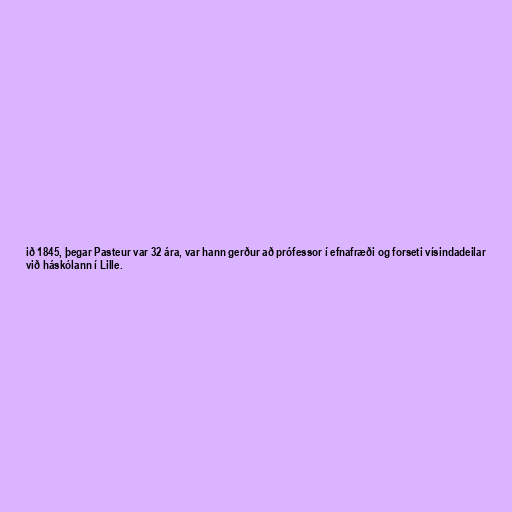
ið 1845, þegar Pasteur var 32 ára, var hann gerður að prófessor í efnafræði og forseti vísindadeilar
við háskólann í Lille.